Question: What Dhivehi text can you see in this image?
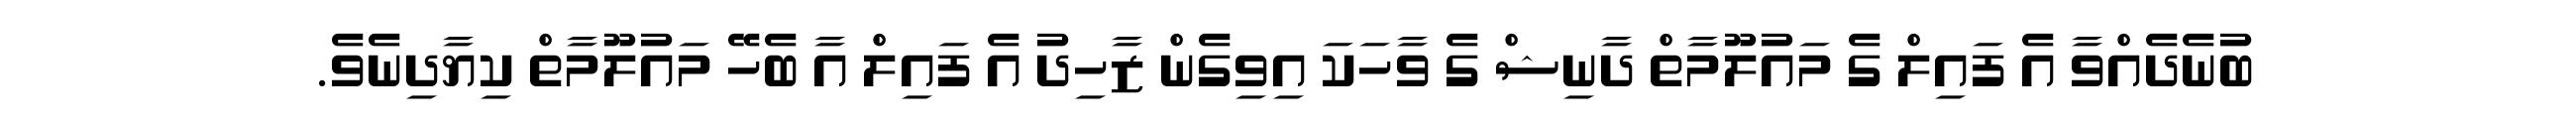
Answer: ބުނެދެއްވާ އެ ފައިލް ގެ މައުލޫމާތް ދާނިޝް ގެ ވާހަކަ އިވިގެން ޒާހިދު އެ ފައިލް އާ ބެހޭ މައުލޫމާތް ކިޔާދިނެވެ.